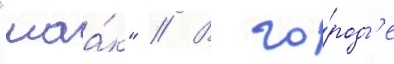
"маа́к" // В го́род'е